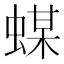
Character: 䗋